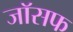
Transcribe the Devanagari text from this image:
जाॅसफ